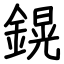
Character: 鎤